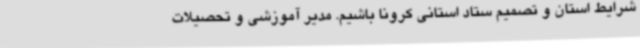
شرایط استان و تصمیم ستاد استانی کرونا باشیم. مدیر آموزشی و تحصیلات